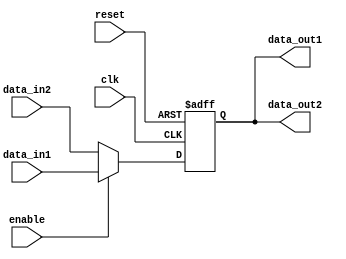
module bypass_register (
    input wire clk,
    input wire reset,
    input wire [7:0] data_in1,
    input wire [7:0] data_in2,
    input wire enable,
    output reg [7:0] data_out1,
    output reg [7:0] data_out2
);

reg [7:0] reg_data;

always @(posedge clk or posedge reset) begin
    if (reset) begin
        reg_data <= 8'h00;
    end else if (enable) begin
        reg_data <= data_in1;
    end else begin
        reg_data <= data_in2;
    end
end

assign data_out1 = reg_data;
assign data_out2 = reg_data;

endmodule